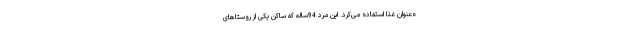
ه‌عنوان غذا استفاده می‌کرد. این مرد 94ساله که ساکن یکی از روستاهای